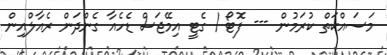
މަސައްކަތް ކުރަމުން --- ފޮޓޯ / ގެޓީ އިމޭޖަސް ޑެހެއާ ގެންދަން ރެއާލްއިން